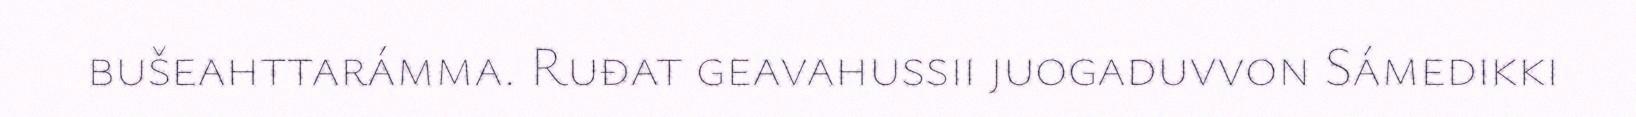
bušeahttarámma. Ruđat geavahussii juogaduvvon Sámedikki